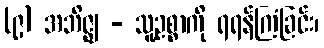
(၉) အဘိဇ္ဈ - သူ့ဥစ္စာကို ရရန်ကြံခြင်း၊